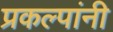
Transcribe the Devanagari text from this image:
प्रकल्पांनी